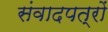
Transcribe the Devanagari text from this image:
संवादपत्रों